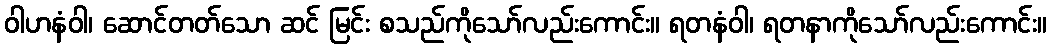
ဝါဟနံဝါ၊ ဆောင်တတ်သော ဆင် မြင်း စသည်ကိုသော်လည်းကောင်း။ ရတနံဝါ၊ ရတနာကိုသော်လည်းကောင်း။